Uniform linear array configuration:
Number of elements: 16
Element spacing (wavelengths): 0.5
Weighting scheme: hann
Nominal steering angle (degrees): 30
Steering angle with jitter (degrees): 29.445
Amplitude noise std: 0.05
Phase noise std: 0.05

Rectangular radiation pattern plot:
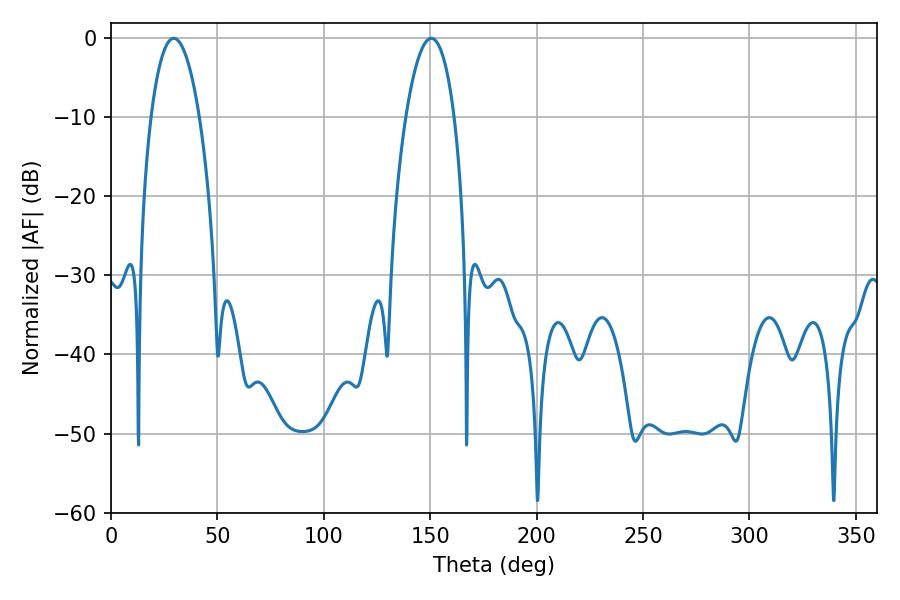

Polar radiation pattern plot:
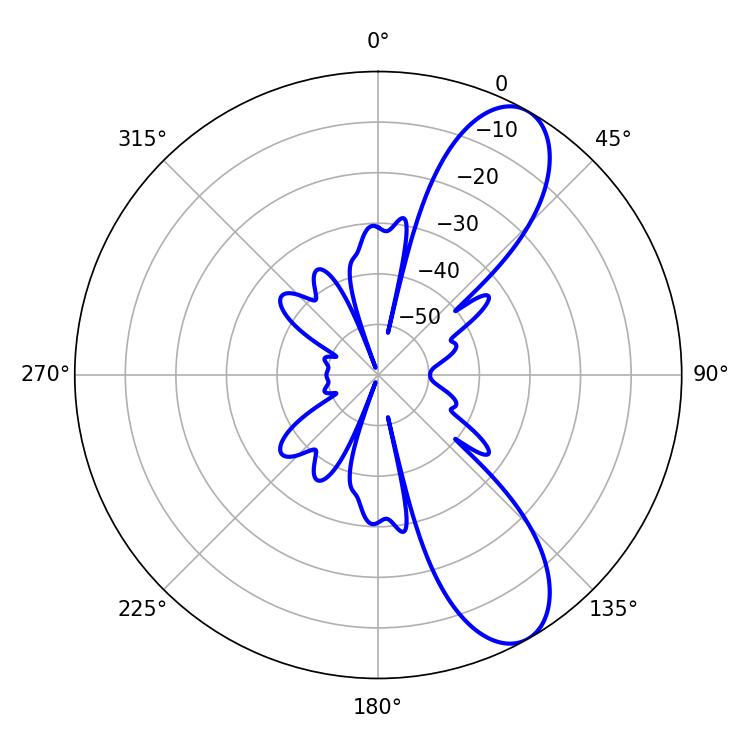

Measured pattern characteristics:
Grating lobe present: FALSE
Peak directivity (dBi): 9.329
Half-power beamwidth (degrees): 12.6
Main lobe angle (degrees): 29.52